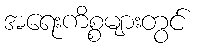
အရေးကိစ္စများတွင်